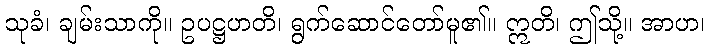
သုခံ၊ ချမ်းသာကို။ ဥပဋ္ဌဟတိ၊ ရွက်ဆောင်တော်မူ၏။ ဣတိ၊ ဤသို့။ အာဟ၊